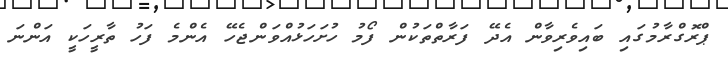
ޕްރޮގްރާމުގައި ބައިވެރިވާން އެދޭ ފަރާތްތަކުން ފޯމު ހުށަހަޅުއްވަންޖެހޭ އެންމެ ފަހު ތާރީހަކީ އަންނަ